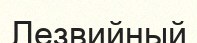
Лезвийный